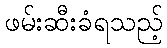
ဖမ်းဆီးခံရသည့်